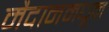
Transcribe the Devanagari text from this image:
मैदानमधून